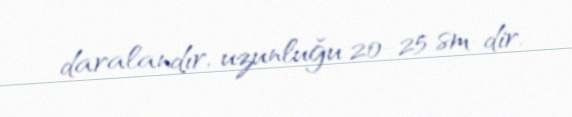
daralandır, uzunluğu 20-25 sm-dir.